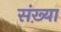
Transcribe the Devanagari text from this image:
संख़्या